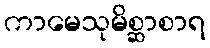
ကာမေသုမိစ္ဆာစာရ